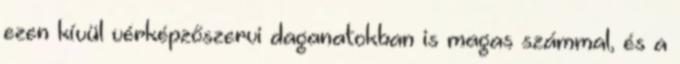
ezen kívül vérképzőszervi daganatokban is magas számmal, és a